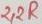
Text: 2,2R